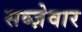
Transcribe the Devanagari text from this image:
सब्ज़ेवार